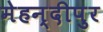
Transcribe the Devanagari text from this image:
मेहन्दीपुर